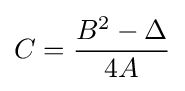
C={\frac {B^{2}-\Delta }{4A}}